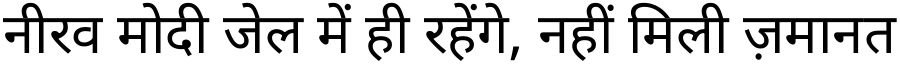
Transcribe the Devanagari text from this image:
नीरव मोदी जेल में ही रहेंगे, नहीं मिली ज़मानत